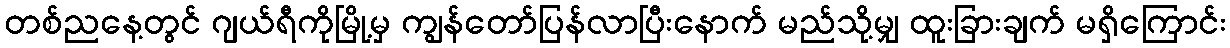
တစ်ညနေ့တွင် ဂျယ်ရီကိုမြို့မှ ကျွန်တော်ပြန်လာပြီးနောက် မည်သို့မျှ ထူးခြားချက် မရှိကြောင်း